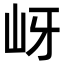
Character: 岈